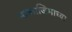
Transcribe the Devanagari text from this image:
नाकाजिमाच्या